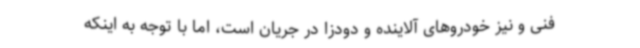
فنی و نیز خودروهای آلاینده و دودزا در جریان است، اما با توجه به اینکه